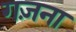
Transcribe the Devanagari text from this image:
गज़ना